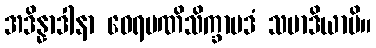
အဒိန္နာဒါနာ ဝေရမဏိသိက္ခာပဒံ သမာဒိယာမိ။